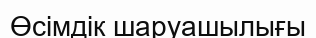
Өсімдік шаруашылығы